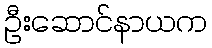
ဦးဆောင်နာယက